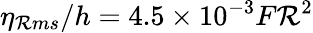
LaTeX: \eta_{\mathcal{R}ms}/h=4.5\times10^{-3}{F\mathcal{R}}^{2}